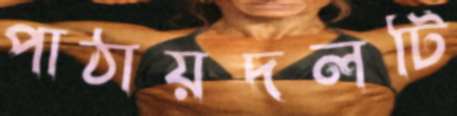
পাঠায়দলটি